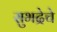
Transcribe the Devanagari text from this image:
सुभद्रेचे